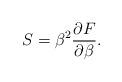
LaTeX: \begin{align*}S=\beta^2 {\partial F\over\partial\beta}.\end{align*}